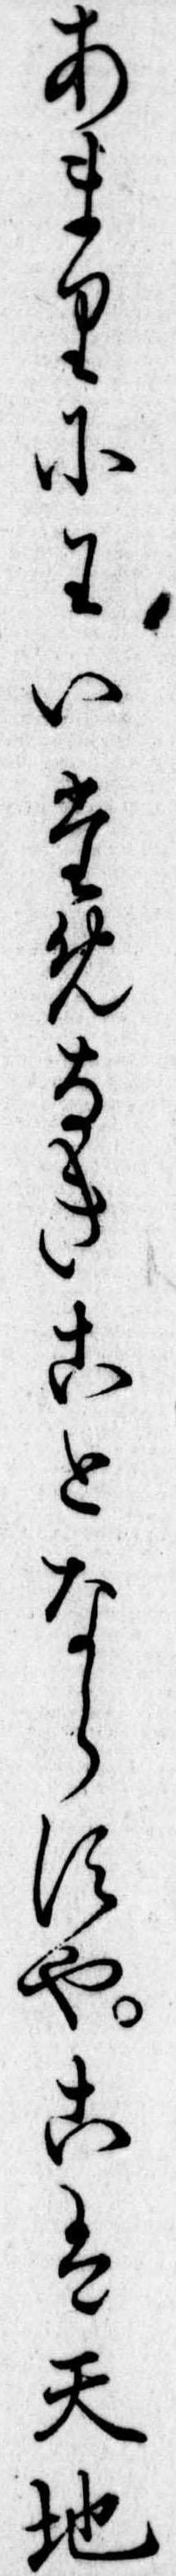
あまりにわいためなきことならすやこは天地